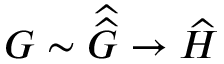
G \sim { \widehat { \widehat { G } } } \to { \widehat { H } }